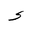
Letter: _hamza